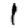
Digit: 1